Lunatic asylums Central Provinces reports 1886-1894 - 1886-1894
Year: 1886
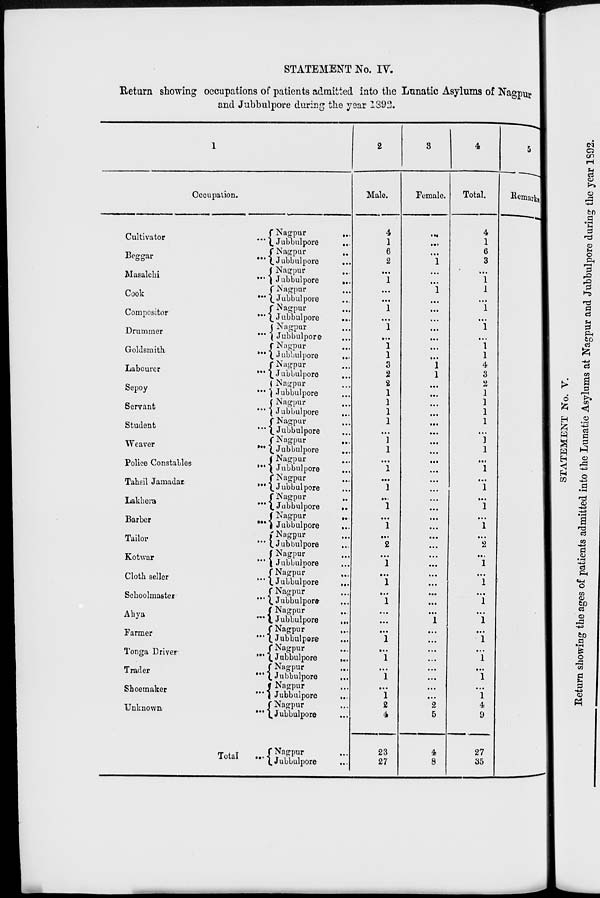
STATEMENT No. IV.
Return showing occupations of patients admitted into the Lunatic Asylums of Nagpur
and Jubbulpore during the year 1392.
1
Occupation.
Cultivator
...
Beggar
...
Masalchi
...
Cook
...
Compositor
...
Drummer
...
Goldsmith...
Labourer...
Sepoy...
Servant...
Student
...
Weaver
...
Police
Constables...
Tahsil
Jamadar
...
Lakhera
...
Barber
...
Tailor...
Kotwar
...
Cloth seller
...
Schoolmaster
...
Ahya
...
Farmer
...
Tonga
Driver...
Trader
...
Shoemaker...
Unknown
...
Total...
Nagpur...
Jubbulpore...
Nagpur...
Jubbulpore...
Nagpur
...
Jubbulpore...
Nagpur...
Jubbulpore...
Nagpur...
Jubbulpore...
Nagpur...
Jubbulpore...
Nagpur...
Jubbulpore...
Nagpur...
Jubbulpore
...
Nagpur...
Jubbulpore...
Nagpur...
Jubbulpore...
Nagpur...
Jubbulpore
...
Nagpur...
Jubbulpore...
Nagpur...
Jubbulpore...
Nagpur...
Jubbulpore...
Nagpur...
Jubbulpore...
Nagpur...
Jubbulpore
...
Nagpur...
Jubbulpore...
Nagpur...
Jubbulpore...
Nagpur...
Jubbulpore
...
Nagpur...
Jubbulpore...
Nagpur...
Jubbulpore
...
Nagpur...
Jubbulpore...
Nagpur...
Jubbulpore
...
Nagpur...
Jubbulpore...
Nagpur...
Jubbulpore
...
Nagpur...
Jubbulpore...
Nagpur...
Jubbulpore...
2
Male.
4
1
6
2
...
1
...
...
1
...
1
...
1
1
3
2
2
1
1
1
1
...
1
1
...
1
...
1
...
1
...
1
...
2
...
1
...
1
...
1
...
...
...
1
...
1
...
1
...
1
2
4
23
27
3
Female.
...
...
...
1
...
...
1
...
...
...
...
...
...
...
1
1
...
...
...
...
...
...
...
...
...
...
...
...
...
...
...
...
...
...
...
...
...
...
...
...
...
1
...
...
...
...
...
...
...
...
2
5
4
8
4
Total.
4
1
6
3
...
1
1
...
1
...
1
...
1
1
4
3
2
1
1
1
1
...
1
1
...
1
...
1
...
1
...
1
...
2
...
1
...
1
...
1
...
l
...
1
...
1
...
1
...
1
4
9
27
35
5
Remarks.